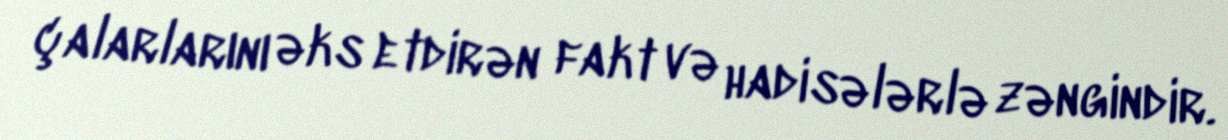
çalarlarını əks etdirən fakt və hadisələrlə zəngindir.